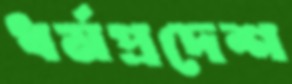
ধর্মপ্রদেশ